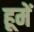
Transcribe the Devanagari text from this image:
हूमें